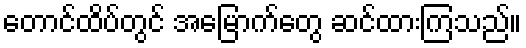
တောင်ထိပ်တွင် အမြောက်တွေ ဆင်ထားကြသည်။